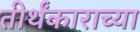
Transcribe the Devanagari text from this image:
तीर्थंकाराच्या